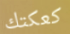
كعكتك